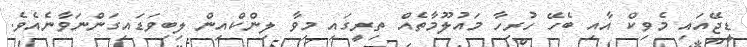
ޑީޖޭއައި މެވިކް އާއި ބެހޭ ހުރިހާ މައުލޫމާތެއް ތިރީގައި މިވާ ލިންކްއިން ލިބިވަޑައިގަންނަވާނެއެވެ.